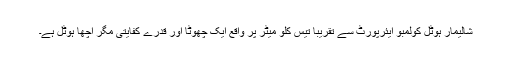
شالیمار ہوٹل کولمبو ایئرپورٹ سے تقریباً تیس کلو میٹر پر واقع ایک چھوٹا اور قدرے کفایتی مگر اچھا ہوٹل ہے۔